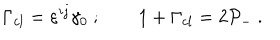
\Gamma _ { c l } = \varepsilon ^ { i j } \gamma _ { 0 } \ ; \qquad 1 + \Gamma _ { c l } = 2 { \cal P } _ { - } \ .